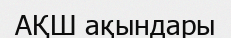
АҚШ ақындары